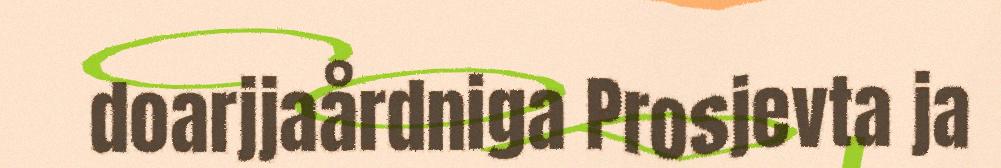
doarjjaårdniga Prosjevta ja